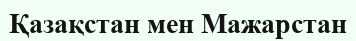
Қазақстан мен Мажарстан